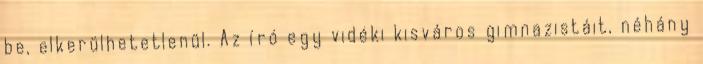
be, elkerülhetetlenül. Az író egy vidéki kisváros gimnazistáit, néhány